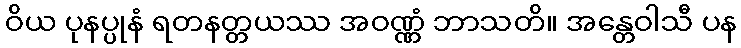
ဝိယ ပုနပ္ပုနံ ရတနတ္တယဿ အဝဏ္ဏံ ဘာသတိ။ အန္တေဝါသီ ပန